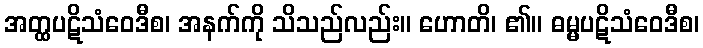
အတ္ထပဋိသံဝေဒီစ၊ အနက်ကို သိသည်လည်း။ ဟောတိ၊ ၏။ ဓမ္မပဋိသံဝေဒီစ၊